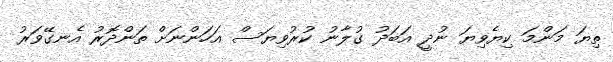
ތިޔަ މަންމަ ކިޔެވިޔަ ނުދީ އަބަދު ގުލާނު ކުރުވިޔަސް އަހަންނަށް ތަންދޮރު އެނގޭވަރު